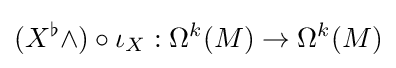
(X^{\flat }\wedge )\circ \iota _{X}:\Omega ^{k}(M)\rightarrow \Omega ^{k}(M)